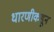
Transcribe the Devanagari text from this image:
धारणीकडून